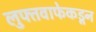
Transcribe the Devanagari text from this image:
लुफ्तवाफेकडून